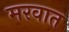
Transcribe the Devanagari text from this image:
मरवात